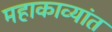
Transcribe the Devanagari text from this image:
महाकाव्यांत